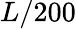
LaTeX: L/200